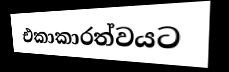
එකාකාරත්වයට